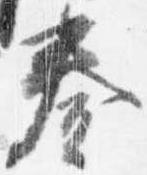
奏